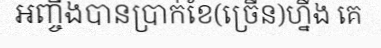
អញ្ចឹងបានប្រាក់ខែ(ច្រើន)ហ្នឹង គេ